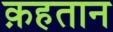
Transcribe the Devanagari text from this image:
क़हतान